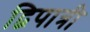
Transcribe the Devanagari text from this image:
द्विपात्री